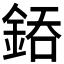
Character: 𨧐